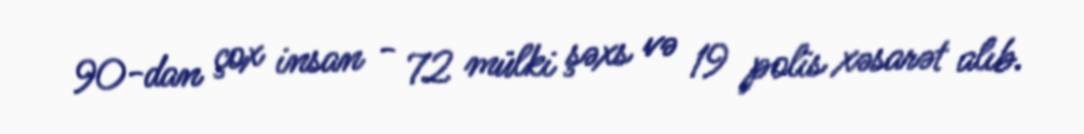
90-dan çox insan - 72 mülki şəxs və 19 polis xəsarət alıb.